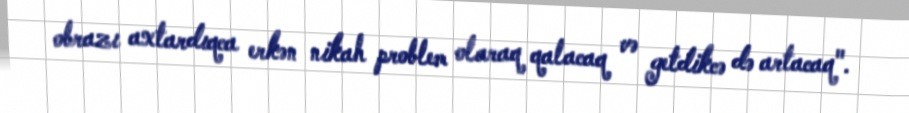
obrazı axtardıqca erkən nikah problem olaraq qalacaq və getdikcə də artacaq".